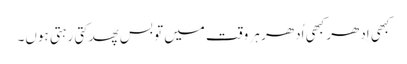
کبھی اِدھر کبھی اُدھر ہر وقت میں تو بس پھدکتی رہتی ہوں۔